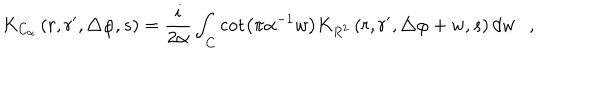
K _ { C _ { \alpha } } \left( r , r ^ { \prime } , \triangle \varphi , s \right) = { \frac { i } { 2 \alpha } } \int _ { C } \cot \left( \pi \alpha ^ { - 1 } w \right) K _ { R ^ { 2 } } \left( r , r ^ { \prime } , \triangle \varphi + w , s \right) d w ,